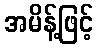
အမိန့်ဖြင့်